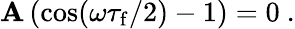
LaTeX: \mathbf{A}\, (\cos(\omega\tau_{\mathrm{{f}}}/2)-1)=0~.